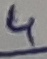
Text: 4